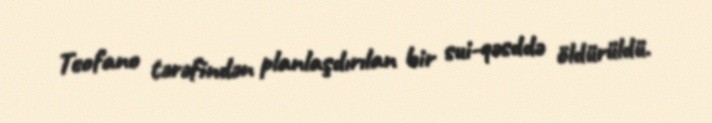
Teofano tərəfindən planlaşdırılan bir sui-qəsddə öldürüldü.